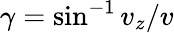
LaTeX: \gamma=\sin^{-1}v_{z}/v